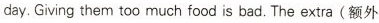
day.Giving them too much food is bad.The extra(额外